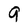
Character: 9